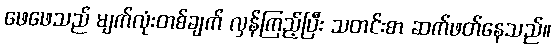
ဖေဖေသည် မျက်လုံးတစ်ချက် လှန်ကြည့်ပြီး သတင်းစာ ဆက်ဖတ်နေသည်။